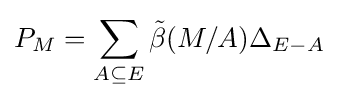
P_{M}=\sum _{A\subseteq E}{\tilde {\beta }}(M/A)\Delta _{E-A}